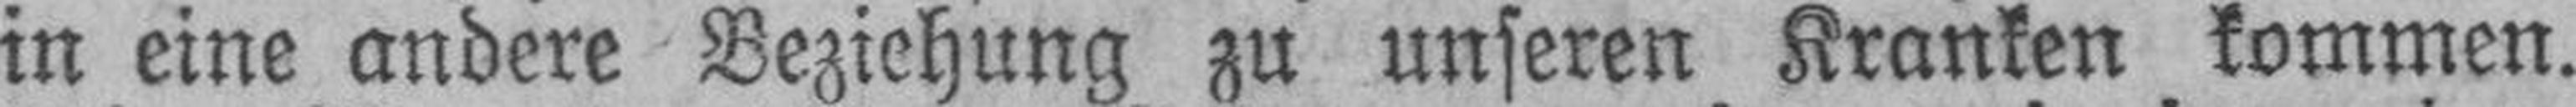
in eine andere Beziehung zu unseren Kranken kommen.